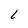
Character: L